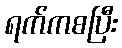
ရက်ကစပြီး